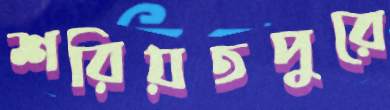
শরিয়তপুরে